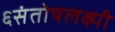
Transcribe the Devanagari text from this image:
६संतोषलक्ष्मी